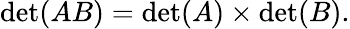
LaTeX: \operatorname*{det}(AB)=\operatorname*{det}(A)\times\operatorname*{det}(B).